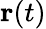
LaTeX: \mathbf{r}(t)